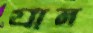
গ্রান